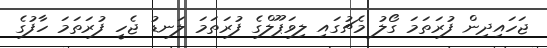
ޖަހައިދިން ފުރަތަމަ ގޯލު މެޗުގައި ލިވަޕޫލްގެ ފުރަތަމަ ލަނޑު ޖެހީ ފުރަތަމަ ހާފުގެ